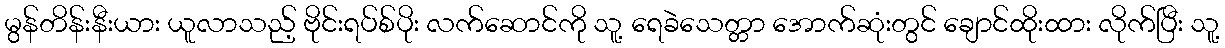
မွန်တိန်းနီးယား ယူလာသည့် ဗိုင်းရပ်စ်ပိုး လက်ဆောင်ကို သူ့ ရေခဲသေတ္တာ အောက်ဆုံးတွင် ချောင်ထိုးထား လိုက်ပြီး သူ့